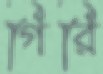
গিরি